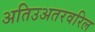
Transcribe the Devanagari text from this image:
अतिउअतरवरिल